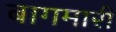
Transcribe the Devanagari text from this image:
बागमारी